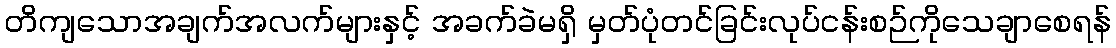
တိကျသောအချက်အလက်များနှင့် အခက်ခဲမရှိ မှတ်ပုံတင်ခြင်းလုပ်ငန်းစဉ်ကိုသေချာစေရန်